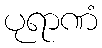
ပုရာဏံ